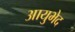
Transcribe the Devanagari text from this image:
आयुभेद